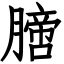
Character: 膪